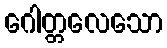
ဂေါတ္တလေသော